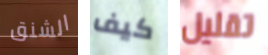
الشنق كيف تقليل